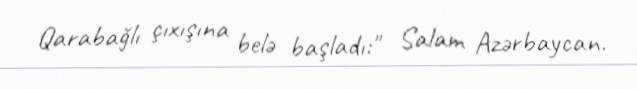
Qarabağlı çıxışına belə başladı:" Salam Azərbaycan.